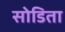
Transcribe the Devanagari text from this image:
सोडिता